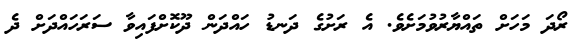
ރޯދަ މަހަށް ތައްޔާރުވުމަށެވެ. އެ ރަށުގެ ދަނޑު ހައްދަން ދޫކޮށްފައިވާ ސަރަހައްދަަށް ދެ